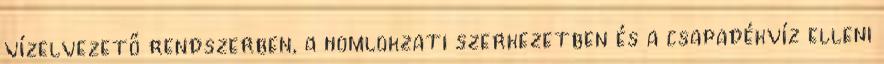
vízelvezető rendszerben, a homlokzati szerkezetben és a csapadékvíz elleni